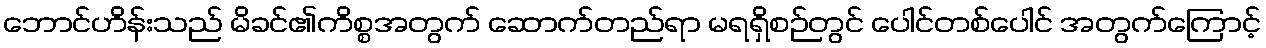
ဘောင်ဟိန်းသည် မိခင်၏ကိစ္စအတွက် ဆောက်တည်ရာ မရရှိစဉ်တွင် ပေါင်တစ်ပေါင် အတွက်ကြောင့်